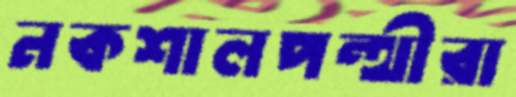
নকশালপন্থীরা